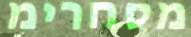
מסחרימ